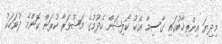
މިދިޔަ އިންތިޚާބުގައި ގާސިމާ އެކު ކޯލިޝަން ހެދުމުގެ މަޝްވަރާ ކުރަން ކޮންމެ ދުވަހަކު